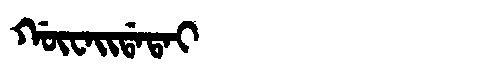
Manchu: ᡤᡡᠸᠠᡳᡩᠠᡨᠠᡳ
Romanization: GŪWAIDATAI